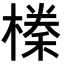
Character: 𭫰